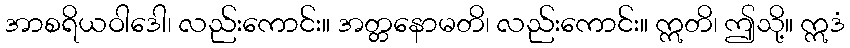
အာစရိယဝါဒေါ၊ လည်းကောင်း။ အတ္တနောမတိ၊ လည်းကောင်း။ ဣတိ၊ ဤသို့။ ဣဒံ